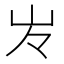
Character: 㞮